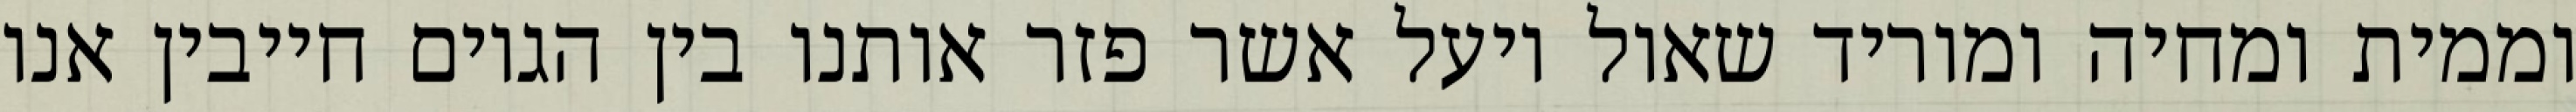
וממית ומחיה ומוריד שאול ויעל אשר פזר אותנו בין הגוים חייבין אנו